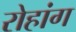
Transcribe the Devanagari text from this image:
रोहांग